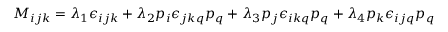
M _ { i j k } = \lambda _ { 1 } \epsilon _ { i j k } + \lambda _ { 2 } p _ { i } \epsilon _ { j k q } p _ { q } + \lambda _ { 3 } p _ { j } \epsilon _ { i k q } p _ { q } + \lambda _ { 4 } p _ { k } \epsilon _ { i j q } p _ { q }